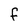
Character: F